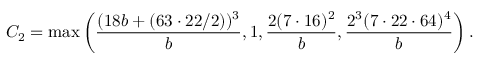
C _ { 2 } = \operatorname* { m a x } \left( \frac { ( 1 8 b + ( 6 3 \cdot 2 2 / 2 ) ) ^ { 3 } } { b } , 1 , \frac { 2 ( 7 \cdot 1 6 ) ^ { 2 } } { b } , \frac { 2 ^ { 3 } ( 7 \cdot 2 2 \cdot 6 4 ) ^ { 4 } } { b } \right) .